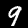
Digit: 9